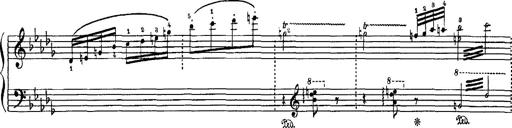
Title: Hungarian Rhapsody No.16
Composer: Franz Liszt
Key: A minor